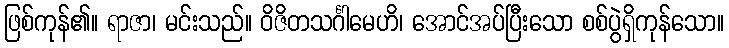
ဖြစ်ကုန်၏။ ရာဇာ၊ မင်းသည်။ ဝိဇိတသင်္ဂါမေဟိ၊ အောင်အပ်ပြီးသော စစ်ပွဲရှိကုန်သော။